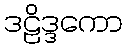
ဒဠိဒ္ဒကော